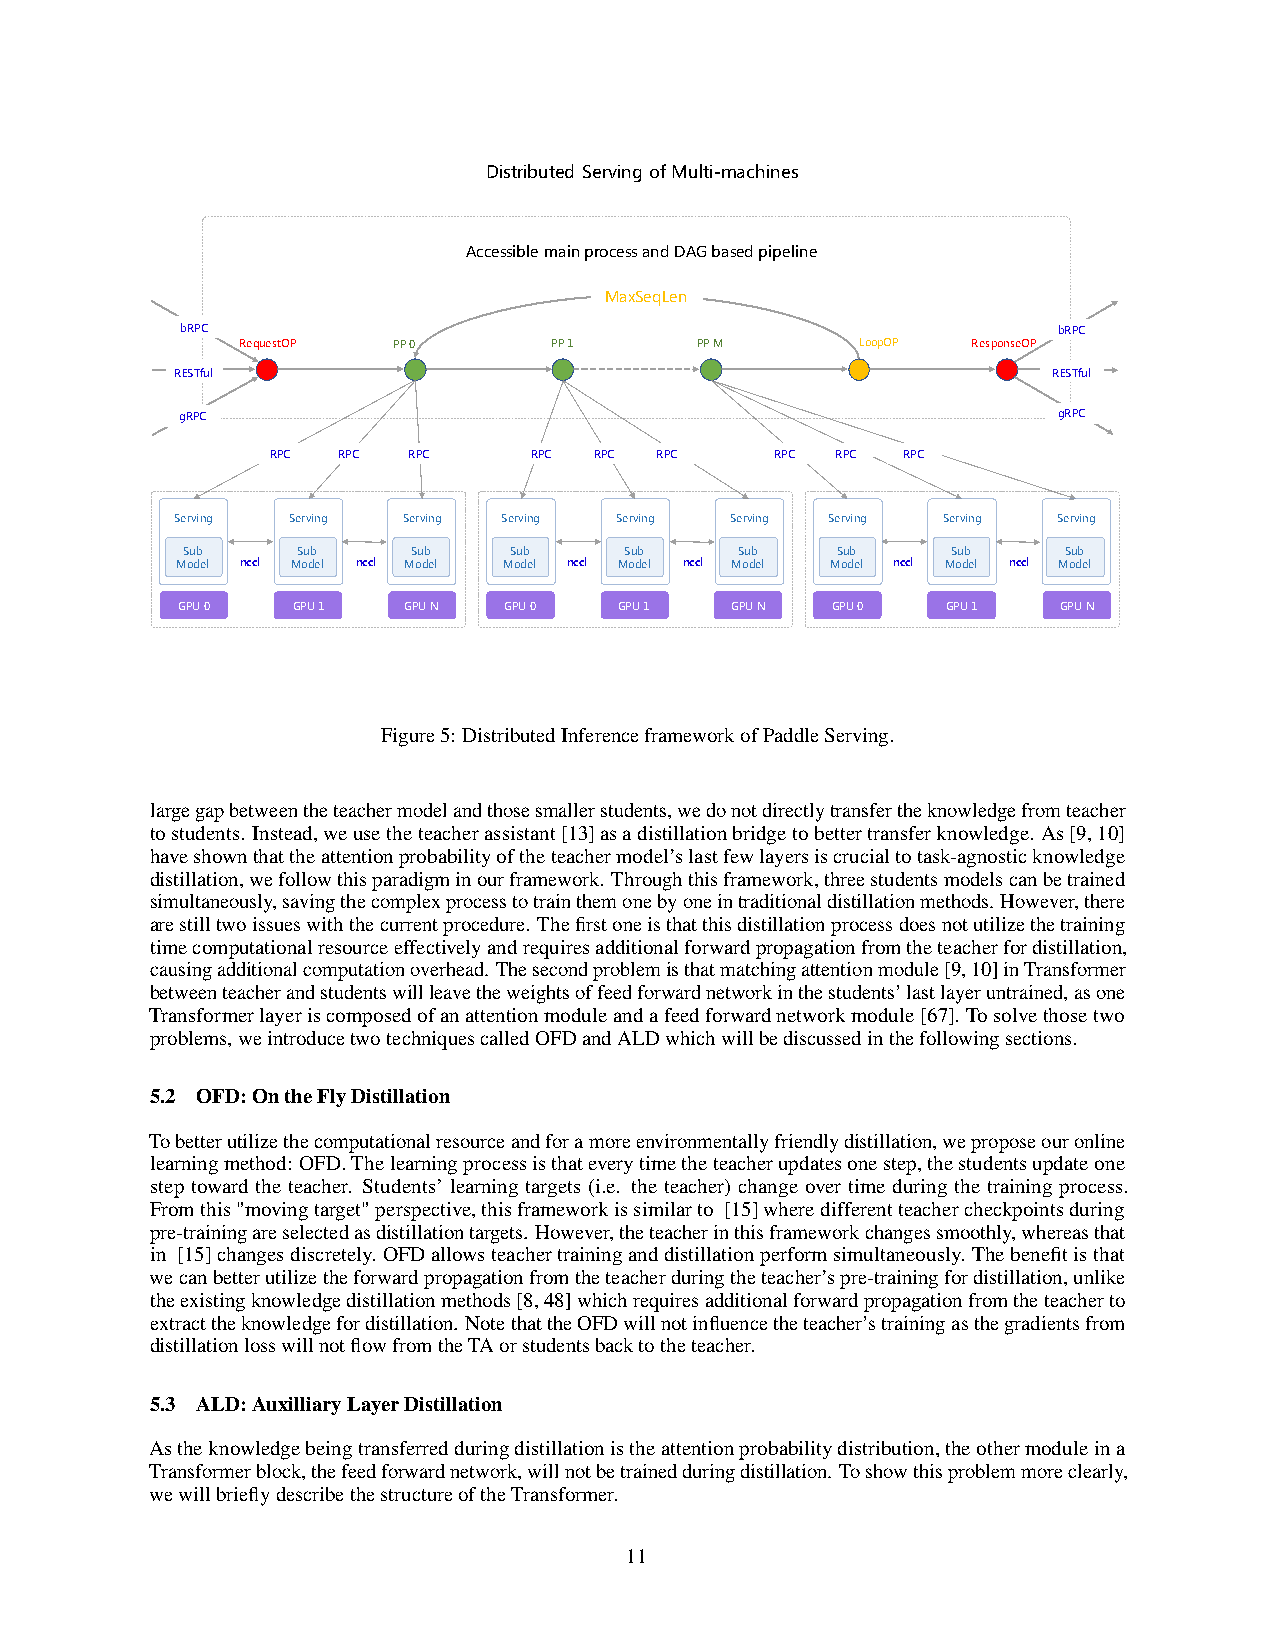
Distributed Serving ofMulti-machines
 Accessible main process and DAG based pipeline
 MaxSeqLen
 bRPC                                                      bRPC
 RequestOP PP0       PP1       PPM        LoopOP ResponseOP
 RESTful                                                   RESTful
 gRPC                                                      gRPC
 RPC RPC  RPC     RPC RPC RPC     RPC RPC  RPC
 Serving Serving Serving Serving Serving Serving Serving Serving Serving
 Sub     Sub    Sub    Sub    Sub     Sub   Sub     Sub    Sub
 Model nccl Model nccl Model Model nccl Model nccl Model Model nccl Model nccl Model
 GPU0   GPU1    GPUN  GPU0    GPU1   GPUN   GPU0    GPU1   GPUN
 Figure5: DistributedInferenceframeworkofPaddleServing.
 largegapbetweentheteachermodelandthosesmallerstudents,wedonotdirectlytransfertheknowledgefromteacher
 tostudents. Instead,weusetheteacherassistant[13]asadistillationbridgetobettertransferknowledge. As[9,10]
 haveshownthattheattentionprobabilityoftheteachermodel’slastfewlayersiscrucialtotask-agnosticknowledge
 distillation,wefollowthisparadigminourframework. Throughthisframework,threestudentsmodelscanbetrained
 simultaneously,savingthecomplexprocesstotrainthemonebyoneintraditionaldistillationmethods. However,there
 arestilltwoissueswiththecurrentprocedure. Thefirstoneisthatthisdistillationprocessdoesnotutilizethetraining
 timecomputationalresourceeffectivelyandrequiresadditionalforwardpropagationfromtheteacherfordistillation,
 causingadditionalcomputationoverhead. Thesecondproblemisthatmatchingattentionmodule[9,10]inTransformer
 betweenteacherandstudentswillleavetheweightsoffeedforwardnetworkinthestudents’lastlayeruntrained,asone
 Transformerlayeriscomposedofanattentionmoduleandafeedforwardnetworkmodule[67]. Tosolvethosetwo
 problems,weintroducetwotechniquescalledOFDandALDwhichwillbediscussedinthefollowingsections.
 5.2 OFD:OntheFlyDistillation
 Tobetterutilizethecomputationalresourceandforamoreenvironmentallyfriendlydistillation,weproposeouronline
 learningmethod: OFD.Thelearningprocessisthateverytimetheteacherupdatesonestep,thestudentsupdateone
 step toward the teacher. Students’ learning targets (i.e. the teacher) change over time during the training process.
 Fromthis"movingtarget"perspective,thisframeworkissimilarto [15]wheredifferentteachercheckpointsduring
 pre-trainingareselectedasdistillationtargets. However,theteacherinthisframeworkchangessmoothly,whereasthat
 in [15]changesdiscretely. OFDallowsteachertraininganddistillationperformsimultaneously. Thebenefitisthat
 wecanbetterutilizetheforwardpropagationfromtheteacherduringtheteacher’spre-trainingfordistillation,unlike
 theexistingknowledgedistillationmethods[8,48]whichrequiresadditionalforwardpropagationfromtheteacherto
 extracttheknowledgefordistillation. NotethattheOFDwillnotinfluencetheteacher’strainingasthegradientsfrom
 distillationlosswillnotflowfromtheTAorstudentsbacktotheteacher.
 5.3 ALD:AuxilliaryLayerDistillation
 Astheknowledgebeingtransferredduringdistillationistheattentionprobabilitydistribution,theothermoduleina
 Transformerblock,thefeedforwardnetwork,willnotbetrainedduringdistillation. Toshowthisproblemmoreclearly,
 wewillbrieflydescribethestructureoftheTransformer.
 11